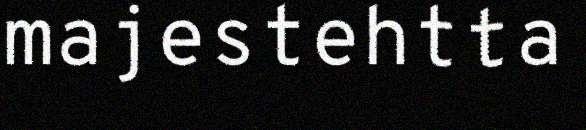
majestehtta